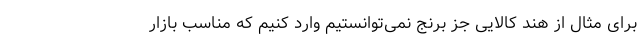
برای مثال از هند کالایی جز برنج نمی‌توانستیم وارد کنیم که مناسب بازار